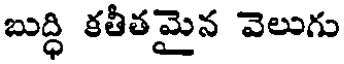
బుద్ధి కతీతమైన వెలుగు